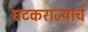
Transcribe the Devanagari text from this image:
घटकराज्याचे